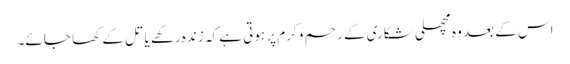
اس کے بعد وہ مچھلی شکاری کے رحم و کرم پر ہوتی ہے کہ زندہ رکھے یا تل کے کھا جائے۔